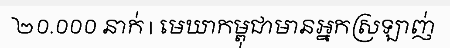
២០.០០០ នាក់ | មេឃាកម្ពុជាមានអ្នកស្រឡាញ់